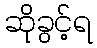
ဆိုခွင့်ရ